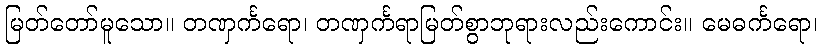
မြတ်တော်မူသော။ တဏှင်္ကရော၊ တဏှင်္ကရာမြတ်စွာဘုရားလည်းကောင်း။ မေဓင်္ကရော၊